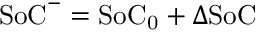
\mathrm { S o C } ^ { - } = \mathrm { S o C _ { 0 } } + \Delta \mathrm { S o C }